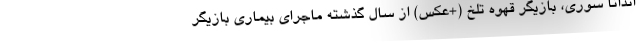
اندانا سوری، بازیگر قهوه تلخ (+عکس) از سال گذشته ماجرای بیماری بازیگر